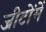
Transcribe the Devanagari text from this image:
जीटोंमें